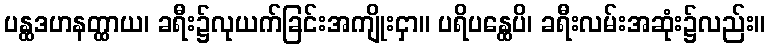
ပန္ထဒဟနတ္ထာယ၊ ခရီး၌လုယက်ခြင်းအကျိုးငှာ။ ပရိပန္ထေပိ၊ ခရီးလမ်းအဆုံး၌လည်း။